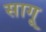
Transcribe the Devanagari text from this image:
सागू